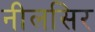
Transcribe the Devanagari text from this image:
नीलसिर